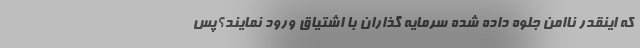
که اینقدر ناامن جلوه داده شده سرمایه گذاران با اشتیاق ورود نمایند؟پس